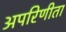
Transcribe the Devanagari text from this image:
अपरिणीता